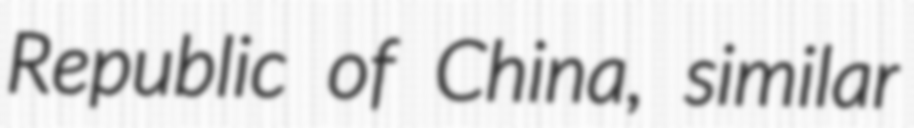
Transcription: Republic of China, similar